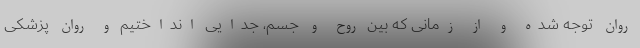
روان توجه شده و از زمانی که بین روح و جسم، جدایی انداختیم و روان پزشکی